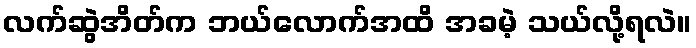
လက်ဆွဲအိတ်က ဘယ်လောက်အထိ အခမဲ့ သယ်လို့ရလဲ။